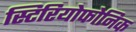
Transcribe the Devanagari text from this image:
स्टिरियोफोनिक